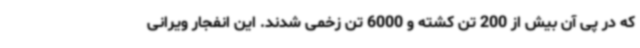
که در پی آن بیش از 200 تن کشته و 6000 تن زخمی شدند. این انفجار ویرانی